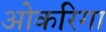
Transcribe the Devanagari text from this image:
ओकरिगा